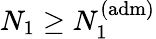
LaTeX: N_{1}\geq N_{1}^{(\mathrm{adm})}